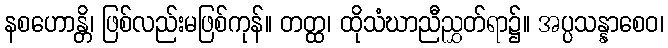
နစဟောန္တိ၊ ဖြစ်လည်းမဖြစ်ကုန်။ တတ္ထ၊ ထိုသံဃာညီညွှတ်ရာ၌။ အပ္ပသန္နာစေဝ၊